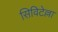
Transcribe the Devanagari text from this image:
सिविटेल्ला